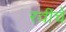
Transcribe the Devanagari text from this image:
रवींचे